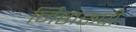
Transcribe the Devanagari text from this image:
निष्ठारूपी